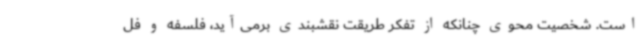
است. شخصیت محوی چنانکه از تفکر طریقت نقشبندی برمی‌آید، فلسفه و فل